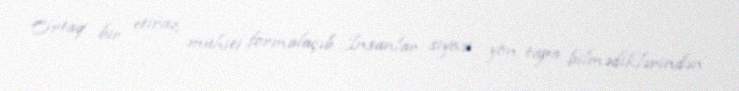
Ortaq bir etiraz mühiti formalaçıb...İnsanlar siyasi yön tapa bilmədiklərindən